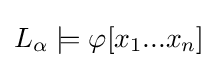
L_{\alpha }\models \varphi [x_{1}...x_{n}]